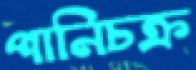
পানিচক্র